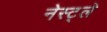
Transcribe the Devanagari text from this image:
नेस्ट्ले